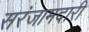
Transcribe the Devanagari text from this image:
सरंजामदारी